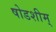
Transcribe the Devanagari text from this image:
षोडशीम्